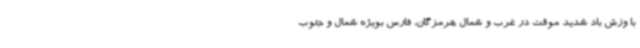
با وزش باد شدید موقت در غرب و شمال هرمزگان، فارس بویژه شمال و جنوب